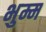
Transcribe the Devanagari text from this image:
भुम्म